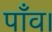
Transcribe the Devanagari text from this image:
पाँव।